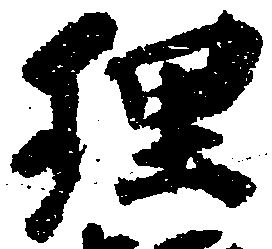
理